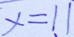
x = 1 1